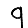
Digit: 9